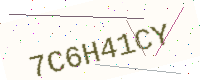
Text: 7C6H41CY